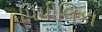
પિપીલિકા